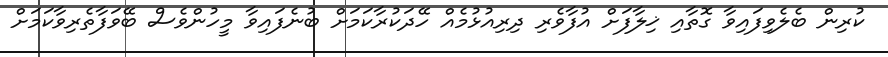
ކުރިން ބެލެވިފައިވާ ގޮތާއި ޚިލާފަށް އުފާވެރި ދިރިއުޅުމެއް ހޭދަކުރާކަމަށް ބުނެފައިވާ މީހުންވެސް ބޭވަފާތެރިވާކަމަށް